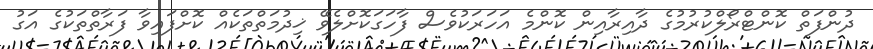
ދުންފަތް ކޮންޓްރޯލްކުރުމުގެ ދާއިރާއިން ކޮންމެ އަހަރަކުވެސް ފާހަގަކޮށްލެވޭ ޚިދުމަތްތަކެއް ކޮށްފައިވާ ފަރާތްތަކުގެ އަގު